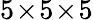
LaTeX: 5\! \times\! 5\! \times\! 5